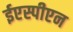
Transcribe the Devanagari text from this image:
ईएस्पीएन